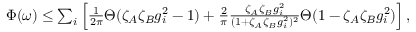
\begin{array} { r } { \Phi ( \omega ) \leq \sum _ { i } \left[ \frac { 1 } { 2 \pi } \Theta ( \zeta _ { A } \zeta _ { B } g _ { i } ^ { 2 } - 1 ) + \frac { 2 } { \pi } \frac { \zeta _ { A } \zeta _ { B } g _ { i } ^ { 2 } } { ( 1 + \zeta _ { A } \zeta _ { B } g _ { i } ^ { 2 } ) ^ { 2 } } \Theta ( 1 - \zeta _ { A } \zeta _ { B } g _ { i } ^ { 2 } ) \right] , } \end{array}